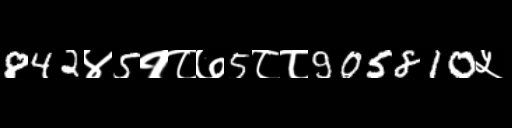
Text: 842४5१८७5८८905810५